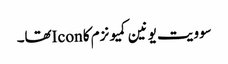
سوویت یونین کمیونزم کا Iconتھا۔